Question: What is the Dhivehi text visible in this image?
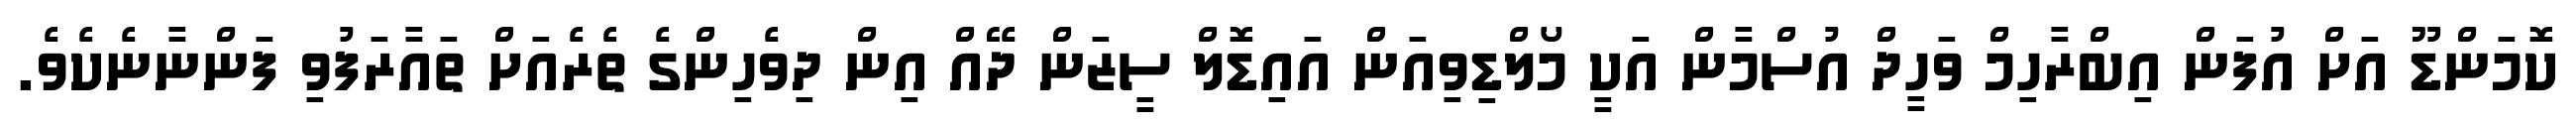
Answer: ކޮމަންޑޫ އަށް އުފަން އިބްރާހިމް ވަހީދް އުސްމާން އަކީ މޯލްޑިވިއަން އައިޑޮލް ސީޒަން ދޭއް އިން ދިވެހިންގެ ތެރެއަށް ތައާރަފުވި ފަންނާނެކެވެ.